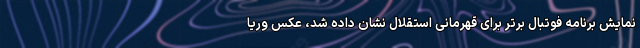
نمایش برنامه فوتبال برتر برای قهرمانی استقلال نشان داده شد، عکس وریا